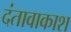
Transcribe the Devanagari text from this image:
दंतावाकाश